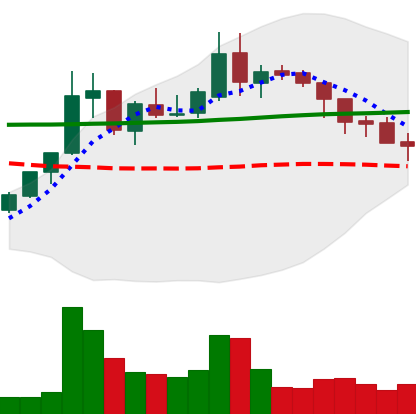
Ticker: XLM-USD
Chart end date: 2018-08-03
Forward return: -22.245%
Label: down_7plus